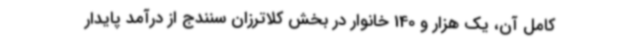
کامل آن، یک هزار و 140 خانوار در بخش کلاترزان سنندج از درآمد پایدار